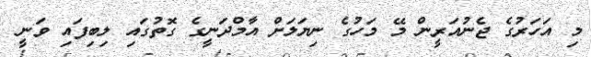
މި އަހަރުގެ ޖެނުއަރީން މޭ މަހުގެ ނިޔަލަށް އާމްދަނީގެ ގޮތުގައި ލިބިފައި ވަނީ